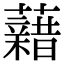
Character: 𧃫